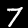
Label: 7